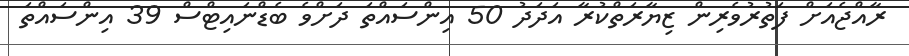
ރާއްޖެއަށް ފަތުރުވެރިން ޒިޔާރަތްކުރާ އަދަދު 50 އިންސައްތަ ދަށްވެ ބެޑްނައިޓްސް 39 އިންސައްތަ